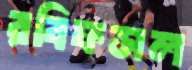
রবিফসল